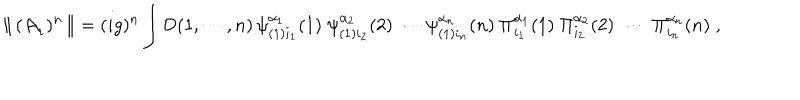
{ \| } \, { ( \cal { A } } _ { 1 } ) ^ { n } \, { \| } = ( i g ) ^ { n } \int { \sf D } ( 1 , \cdots , n ) \, \psi _ { ( 1 ) i _ { 1 } } ^ { { \alpha _ { 1 } } } ( 1 ) \; \psi _ { ( 1 ) i _ { 2 } } ^ { { \alpha _ { 2 } } } ( 2 ) \; \cdots \psi _ { ( 1 ) i _ { n } } ^ { { \alpha _ { n } } } ( n ) \; \Pi _ { i _ { 1 } } ^ { \alpha _ { 1 } } ( 1 ) \; \Pi _ { i _ { 2 } } ^ { \alpha _ { 2 } } ( 2 ) \; \cdots \; \Pi _ { i _ { n } } ^ { \alpha _ { n } } ( n ) \; ,